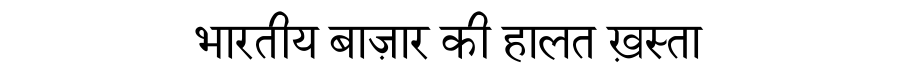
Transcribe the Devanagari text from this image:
भारतीय बाज़ार की हालत ख़स्ता